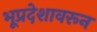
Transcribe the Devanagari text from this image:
भूप्रदेशावरून